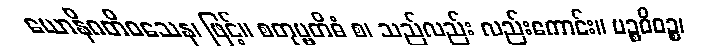
ယောနိဂတိဝသေန၊ ဖြင့်။ စတုဗ္ဗတိဓံ စ၊ သည်လည်း လည်းကောင်း။ ပဉ္စဝိဓဉ္စ၊